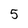
Character: 5